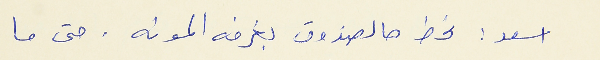
اسعد : نحط هالصندوق بغرفه المونه . حتى ما